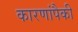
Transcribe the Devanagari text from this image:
कारणांपैकी